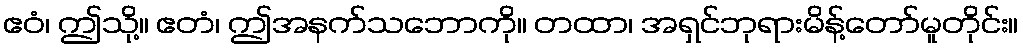
ဧဝံ၊ ဤသို့။ ဧတံ၊ ဤအနက်သဘောကို။ တထာ၊ အရှင်ဘုရားမိန့်တော်မူတိုင်း။